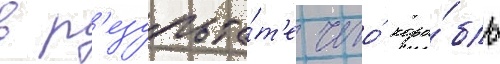
в р'езульта́т'е чего́ кора́бль